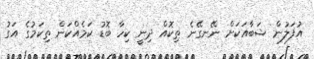
އުފަލުން ޝަބާއަކަށް ނޭނގޭނެ ތިކޮއް ދިނީ ކިހާ ބޮޑު ކަމެއްކަން ތިކަމުގެ އަގު